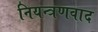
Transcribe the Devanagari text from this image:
नियन्त्रणवाद